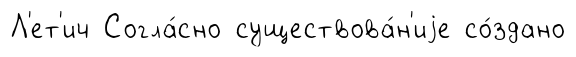
Л'ет'ич Согла́сно существова́н'иjе со́здано